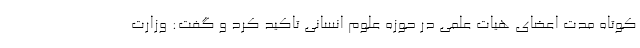
کوتاه مدت اعضای هیات علمی در حوزه علوم انسانی تاکید کرد و گفت: وزارت